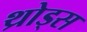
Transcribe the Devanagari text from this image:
थ्रोड्स